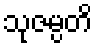
သုဇမ္ပတိ